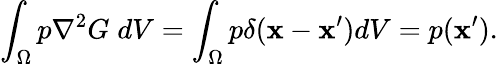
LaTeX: \int_{\Omega}p\nabla^{2}G\; dV=\int_{\Omega}p\delta(\boldsymbol{\mathbf{x}}-\boldsymbol{\mathbf{x}}^{\prime})dV=p(\boldsymbol{\mathbf{x}}^{\prime}).